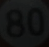
80